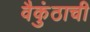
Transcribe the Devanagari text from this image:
वैकुंठाची